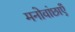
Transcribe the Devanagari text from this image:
मनोवांछाएँ